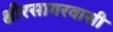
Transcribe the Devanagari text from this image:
क्षीरसागरवासी